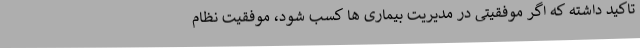
تاکید داشته که اگر موفقیتی در مدیریت بیماری ها کسب شود، موفقیت نظام